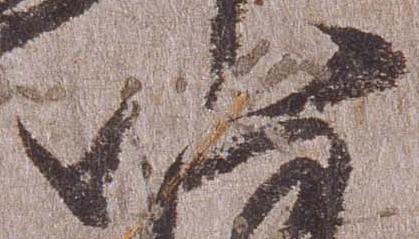
八